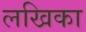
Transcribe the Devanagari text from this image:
लखिका